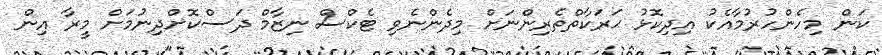
ކަން މިހެންހުރުމާއެކު އިދިކޮޅު ޙަރަކާތްތެރިންނަށް މިދެންނެވި ޓެކްސް ނިޒާމް ދަސްކޮށްދިނުމަށް މީރާ އިން